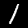
Label: 1